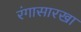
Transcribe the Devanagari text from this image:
रंगासारखा